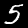
Digit: 5